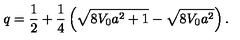
q = \frac { 1 } { 2 } + \frac { 1 } { 4 } \left( \sqrt { 8 V _ { 0 } a ^ { 2 } + 1 } - \sqrt { 8 V _ { 0 } a ^ { 2 } } \right) .